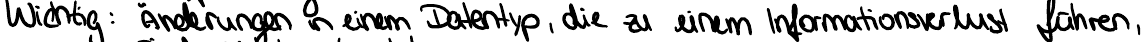
Wichtig: Änderungen in einem Datentyp, die zu einem Informationsverlust führen